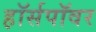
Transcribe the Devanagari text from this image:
ह़ॉर्सपॉवर